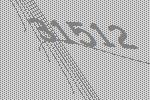
31512